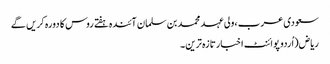
سعودی عرب ،ولی عہد محمد بن سلمان آئندہ ہفتے روس کا دورہ کریں گے
ریاض(اُردو پوائنٹ اخبارتازہ ترین۔